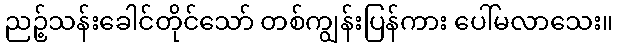
ညဉ့်သန်းခေါင်တိုင်သော် တစ်ကျွန်းပြန်ကား ပေါ်မလာသေး။